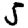
Digit: 5